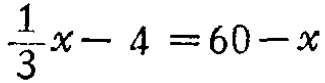
$\frac{1}{3}x - 4 = 60 - x$